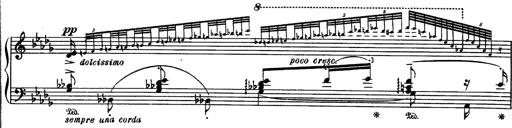
Title: Paraphrase de concert sur Rigoletto
Composer: Franz Liszt